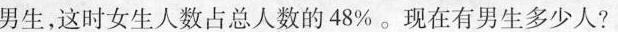
男生，这时女生人数占总人数的48%。现在有男生多少人?